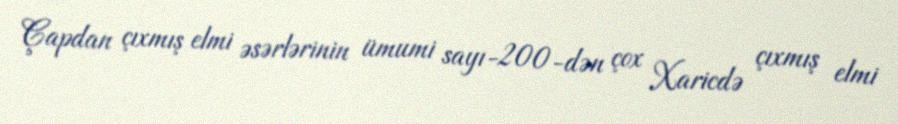
Çapdan çıxmış elmi əsərlərinin ümumi sayı-200-dən çox Xaricdə çıxmış elmi